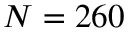
N = 2 6 0